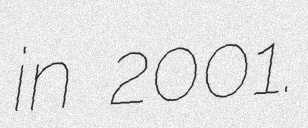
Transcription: in 2001.